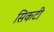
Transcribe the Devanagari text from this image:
सिकटी